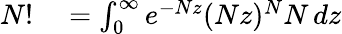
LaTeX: \begin{array}{rl}{N!}&{{}=\int_{0}^{\infty}e^{-Nz}(Nz)^{N}N\, dz}\end{array}